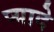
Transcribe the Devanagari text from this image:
प्‍यादे